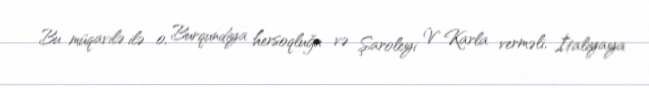
Bu müqavilə ilə o, Burqundiya hersoqluğu və Şaroleyi V Karla verməli, İtaliyaya